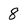
Character: 8